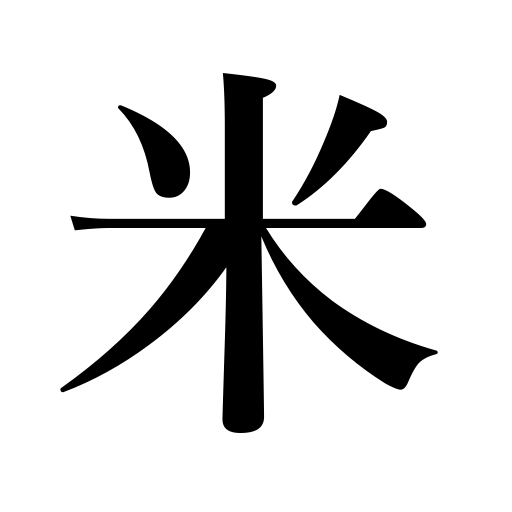
Meanings: rice,U.S.A.